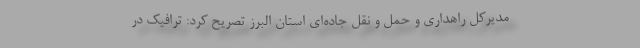
مدیرکل راهداری و حمل و نقل جاده‌ای استان البرز تصریح کرد: ترافیک در